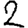
Digit: 2